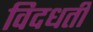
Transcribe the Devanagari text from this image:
विदधतीं